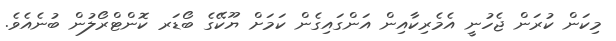
މިކަން ކުރަން ޖެހުނީ އެމެރިކާއިން އަންގައިގެން ކަމަށް ޔޫކޭގެ ބޯޑަރ ކޮންޓްރޯލުން ބުނެއެވެ.